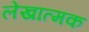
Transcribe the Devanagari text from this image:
लेखात्मक